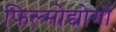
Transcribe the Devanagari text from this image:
फिल्मोद्योगों